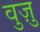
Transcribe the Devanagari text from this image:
वुज़ु